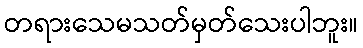
တရားသေမသတ်မှတ်သေးပါဘူး။